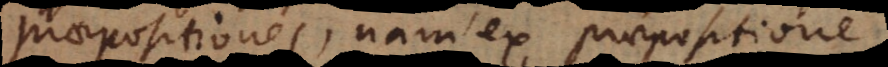
praepositiones, nam ex praepositione